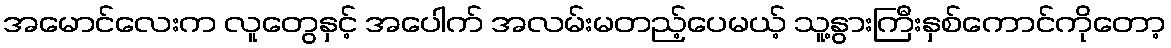
အမောင်လေးက လူတွေနှင့် အပေါက် အလမ်းမတည့်ပေမယ့် သူ့နွားကြီးနှစ်ကောင်ကိုတော့